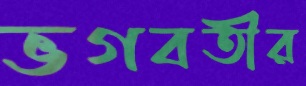
ভগবতীর